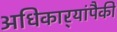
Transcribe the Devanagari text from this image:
अधिकार्‍यांपैकी